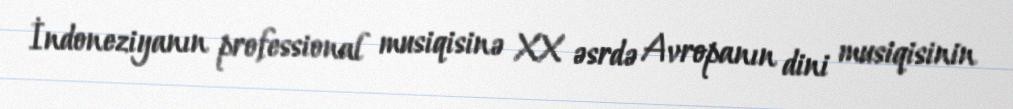
İndoneziyanın professional musiqisinə XX əsrdə Avropanın dini musiqisinin